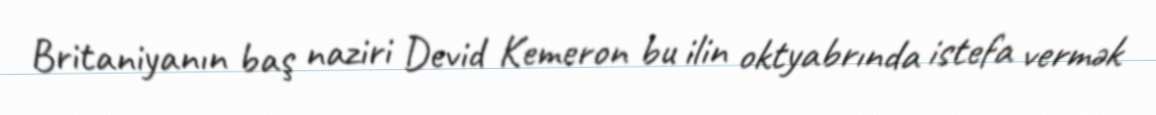
Britaniyanın baş naziri Devid Kemeron bu ilin oktyabrında istefa vermək